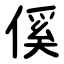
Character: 傒